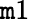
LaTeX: \mathtt{m}1